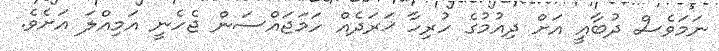
ނަމަވެސް ދުބާއީ އަށް ދިއުމުގެ ހުރިހާ ޚަރަދެއް ހަމަޖައްސަން ޖެހެނީ އަމިއްލަ އަށެވެ.